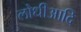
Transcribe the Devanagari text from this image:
लोधीआदि